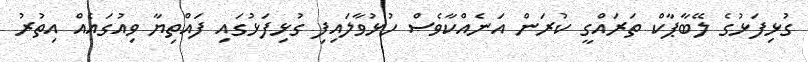
ގުޅިފަޅުގެ ލޭބާޕާކް ތަރައްގީ ކުރަން އަނެއްކާވެސް ހުޅުވާލައިފި ގުޅިފަޅުގައި ފައްތިޔާ ވިއުގައެއް އިތުރު